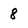
Character: 8